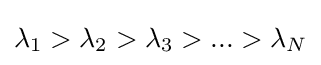
\lambda _{1}>\lambda _{2}>\lambda _{3}>...>\lambda _{N}